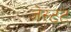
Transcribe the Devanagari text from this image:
जेस्टट